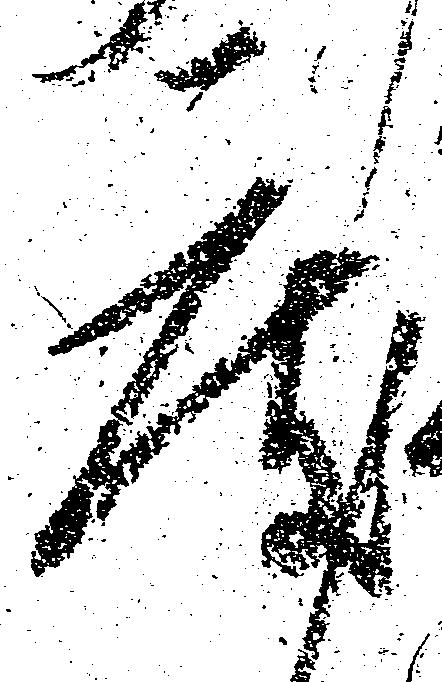
度